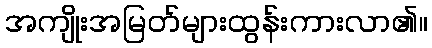
အကျိုးအမြတ်များထွန်းကားလာ၏။